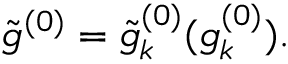
\tilde { g } ^ { ( 0 ) } = \tilde { g } _ { k } ^ { ( 0 ) } ( g _ { k } ^ { ( 0 ) } ) .